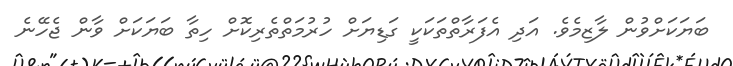
ބަޔަކަށްވުން ލާޒިމެވެ. އަދި އެފަރާތްތަކަކީ ގަޑިޔަށް ހުރުމަތްތެރިކޮށް ހިތާ ބަޔަކަށް ވާން ޖެހޭނެ